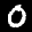
Label: 0